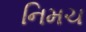
નિમચ